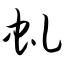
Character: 虬